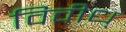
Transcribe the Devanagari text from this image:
विवीध्